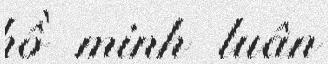
hồ minh luân